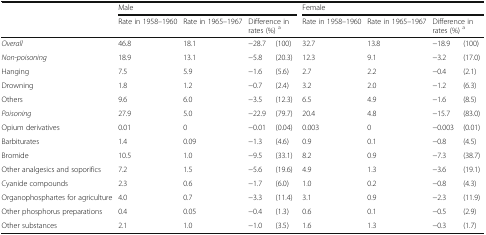
|  | <COLSPAN=4> Male | <COLSPAN=4> Female |
 |  | Rate in 1958–1960 | Rate in 1965–1967 | <COLSPAN=2> Difference in rates (%) a | Rate in 1958–1960 | Rate in 1965–1967 | <COLSPAN=2> Difference in rates (%) a |
 | --- | --- | --- | --- | --- | --- | --- | --- | --- |
 | Overall | 46.8 | 18.1 | −28.7 | (100) | 32.7 | 13.8 | −18.9 | (100) |
 | Non-poisoning | 18.9 | 13.1 | −5.8 | (20.3) | 12.3 | 9.1 | −3.2 | (17.0) |
 | Hanging | 7.5 | 5.9 | −1.6 | (5.6) | 2.7 | 2.2 | −0.4 | (2.1) |
 | Drowning | 1.8 | 1.2 | −0.7 | (2.4) | 3.2 | 2.0 | −1.2 | (6.3) |
 | Others | 9.6 | 6.0 | −3.5 | (12.3) | 6.5 | 4.9 | −1.6 | (8.5) |
 | Poisoning | 27.9 | 5.0 | −22.9 | (79.7) | 20.4 | 4.8 | −15.7 | (83.0) |
 | Opium derivatives | 0.01 | 0 | −0.01 | (0.04) | 0.003 | 0 | −0.003 | (0.01) |
 | Barbiturates | 1.4 | 0.09 | −1.3 | (4.6) | 0.9 | 0.1 | −0.8 | (4.5) |
 | Bromide | 10.5 | 1.0 | −9.5 | (33.1) | 8.2 | 0.9 | −7.3 | (38.7) |
 | Other analgesics and soporifics | 7.2 | 1.5 | −5.6 | (19.6) | 4.9 | 1.3 | −3.6 | (19.1) |
 | Cyanide compounds | 2.3 | 0.6 | −1.7 | (6.0) | 1.0 | 0.2 | −0.8 | (4.3) |
 | Organophosphartes for agriculture | 4.0 | 0.7 | −3.3 | (11.4) | 3.1 | 0.9 | −2.3 | (11.9) |
 | Other phosphorus preparations | 0.4 | 0.05 | −0.4 | (1.3) | 0.6 | 0.1 | −0.5 | (2.9) |
 | Other substances | 2.1 | 1.0 | −1.0 | (3.5) | 1.6 | 1.3 | −0.3 | (1.7) |